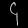
Digit: ၄